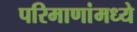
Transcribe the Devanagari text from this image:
परिमाणांमध्ये